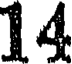
14